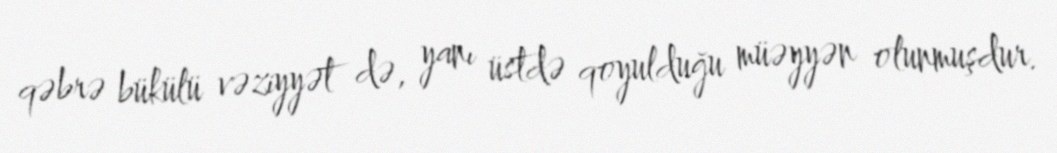
qəbrə bükülü vəziyyət də, yanı üstdə qoyulduğu müəyyən olunmuşdur.